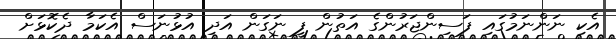
އެކި ނަންނަމުގައި ފަސިންޖަރުންގެ އަތުން ފީ ނަގަން އަދި އުޅުނަސް އެކަމާ ދެކޮޅަށް